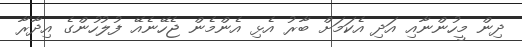
ދިން މީހުންނާއި އަދި އެކަމަށް ބާރު އެޅި އެންމެން ޖެހޭނެއޭ ފުލުހުންގެ އިދާރާ